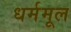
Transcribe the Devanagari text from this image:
धर्ममूल